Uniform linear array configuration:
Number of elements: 32
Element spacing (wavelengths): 0.25
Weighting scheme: cosine
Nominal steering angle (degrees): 30
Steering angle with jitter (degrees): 29.482
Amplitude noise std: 0.05
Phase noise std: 0.05

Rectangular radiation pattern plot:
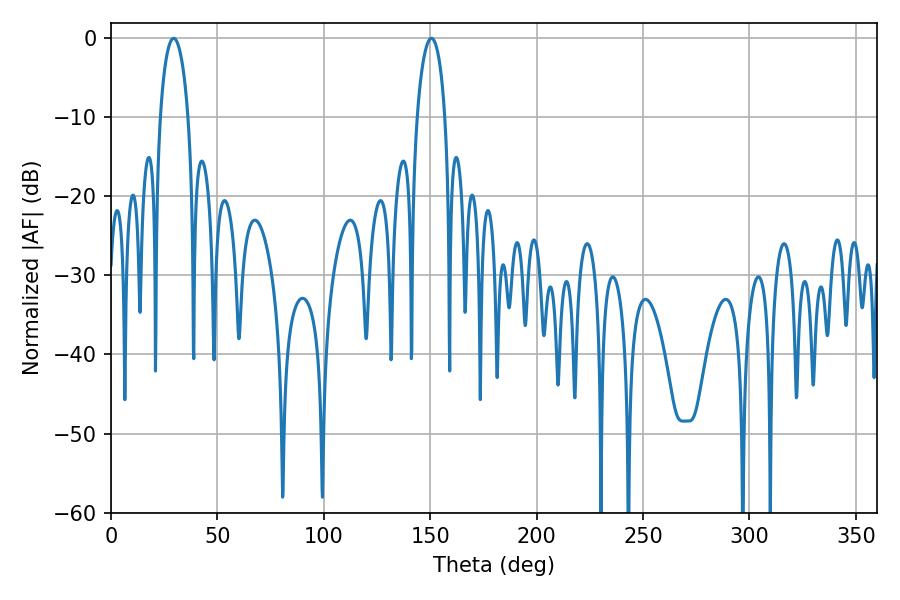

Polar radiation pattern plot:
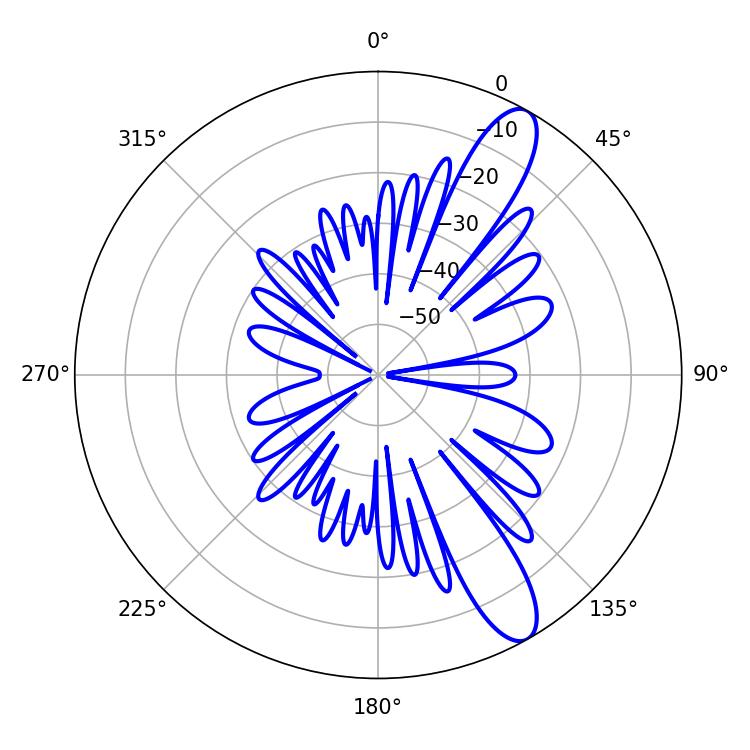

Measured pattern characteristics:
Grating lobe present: FALSE
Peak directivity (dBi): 11.488
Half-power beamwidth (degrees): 7.56
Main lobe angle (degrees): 29.52